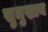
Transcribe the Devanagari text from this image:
सुमुखाय